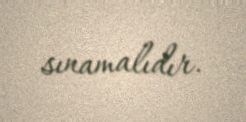
sınamalıdır.